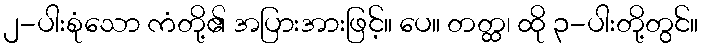
၂-ပါးစုံသော ကံတို့၏ အပြားအားဖြင့်။ ပေ။ တတ္ထ၊ ထို ၃-ပါးတို့တွင်။